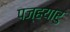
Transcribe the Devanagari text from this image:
पज्हयारु